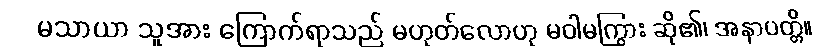
မသာယာ သူအား ကြောက်ရာသည် မဟုတ်လောဟု မဝါမကြွား ဆို၏၊ အနာပတ္တိ။